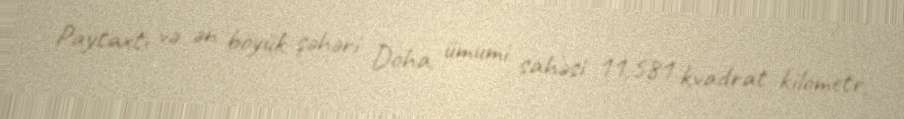
Paytaxtı və ən böyük şəhəri Doha, ümumi sahəsi 11,581 kvadrat kilometr,